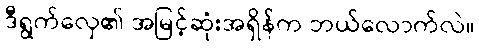
ဒီရွက်လှေ၏ အမြင့်ဆုံးအရှိန်က ဘယ်လောက်လဲ။